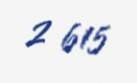
2 615